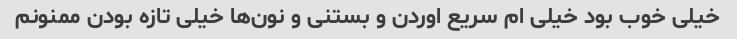
خیلی خوب بود خیلی ام سریع اوردن و بستنی و نون‌ها خیلی تازه بودن ممنونم